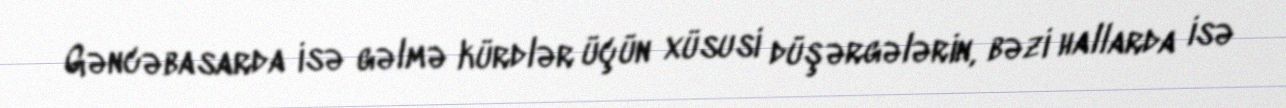
Gəncəbasarda isə gəlmə kürdlər üçün xüsusi düşərgələrin, bəzi hallarda isə